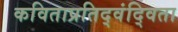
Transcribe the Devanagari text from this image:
कविताप्रतिद्वंद्विता